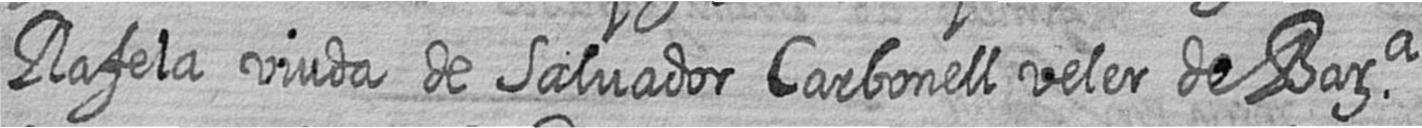
Rafela viuda de Salvador Carbonell veler de Bara